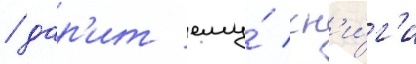
/ дар'ит ему́ кн'и́г'и